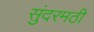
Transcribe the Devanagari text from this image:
सुंदरमठी